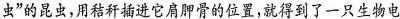
虫”的昆虫，用秸秆插进它肩胛骨的位置，就得到了一只生物电